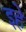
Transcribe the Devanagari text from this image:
इहे